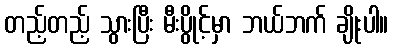
တည့်တည့် သွားပြီး မီးပွိုင့်မှာ ဘယ်ဘက် ချိုးပါ။